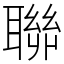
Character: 聯